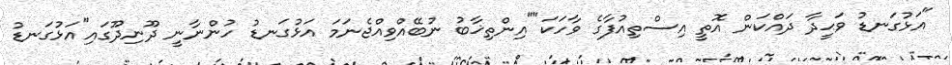
"އަޅުގަނޑު ވަޙީދާ ދައްކަން އޮތީ އިސްތިއުފާގެ ވާހަކަ""އިންތިޚާބު ނުބޭއްވިއްޖެނަމަ އަޅުގަނޑު ހުންނާނީ ދޫނިދޫގައި"އަޅުގަނޑު